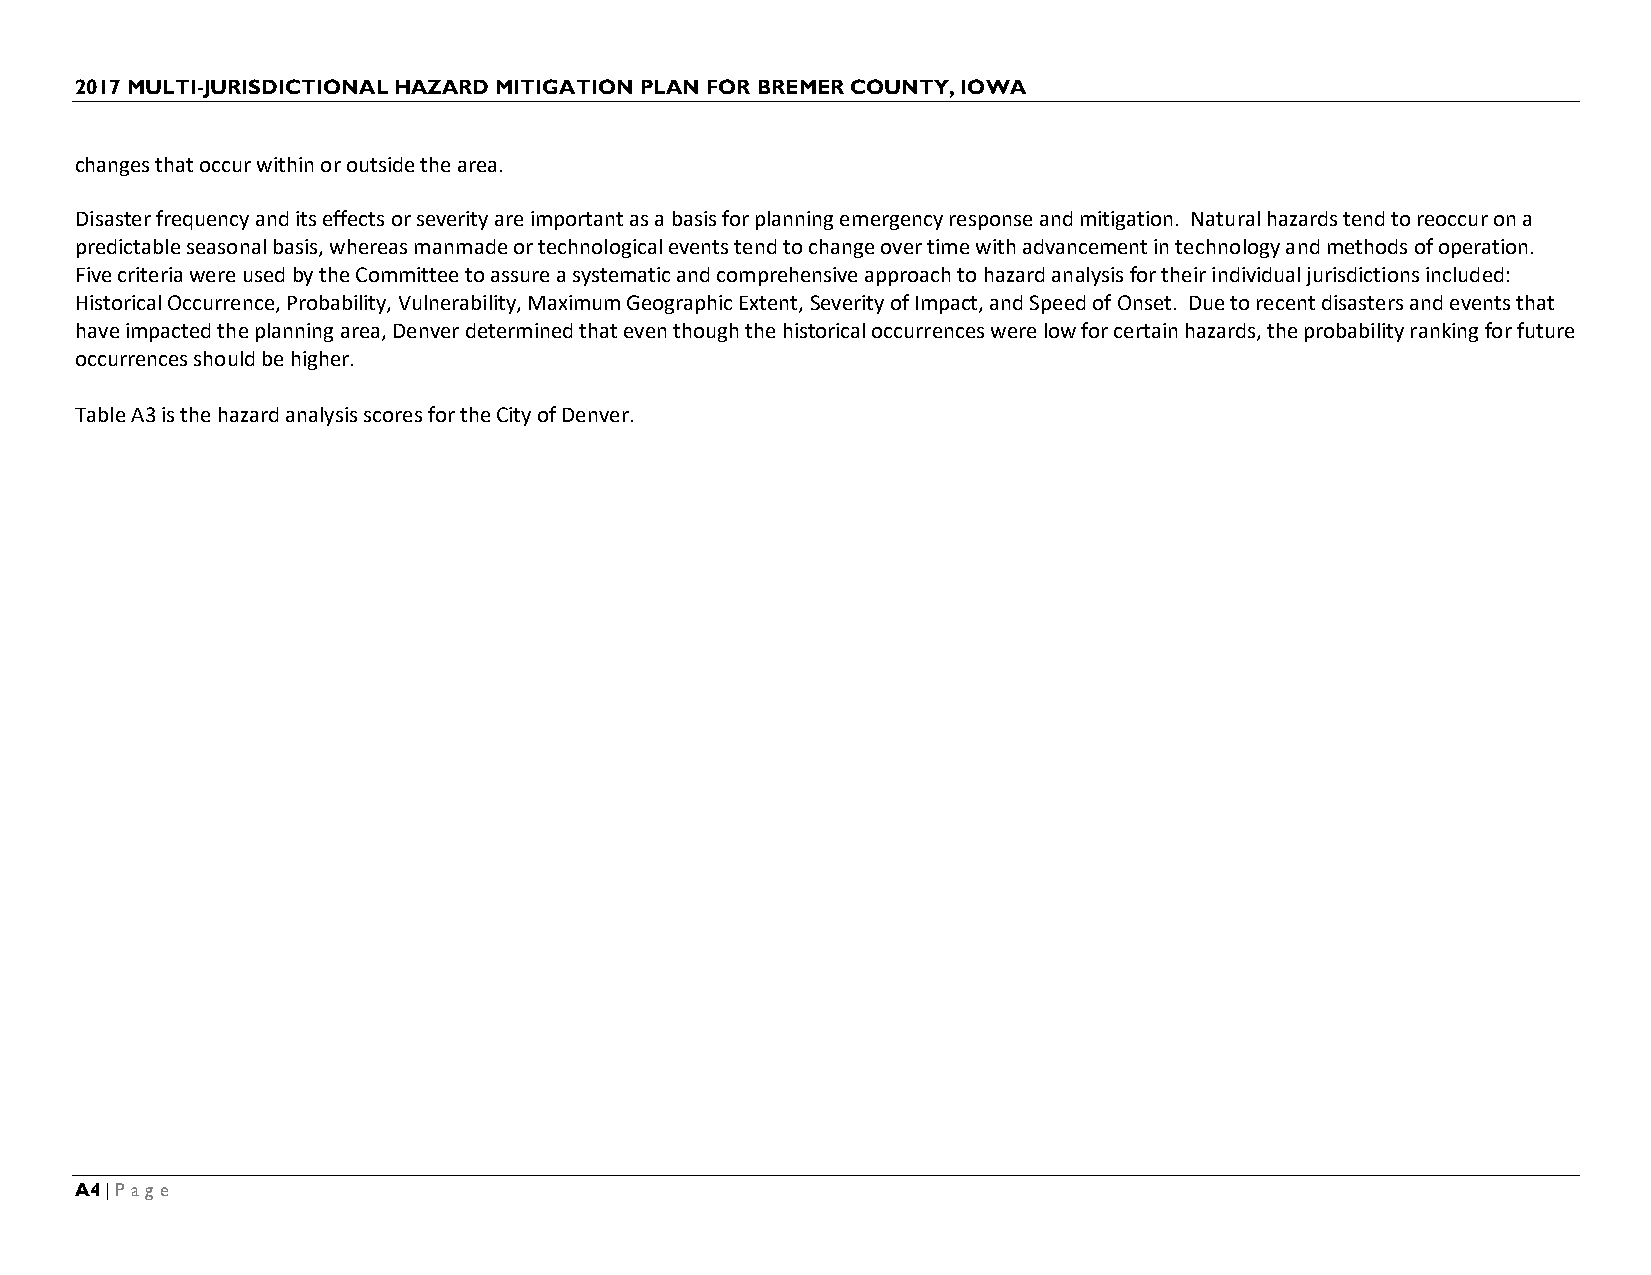
2017 MULTI-JURISDICTIONAL HAZARD MITIGATION PLAN FOR BREMER COUNTY, IOWA
 changes that occur within or outside the area.
 Disaster frequency and its effects or severity are important as a basis for planning emergency response and mitigation. Natural hazards tend to reoccur on a
 predictable seasonal basis, whereas manmade or technological events tend to change over time with advancement in technology and methods of operation.
 Five criteria were used by the Committee to assure a systematic and comprehensive approach to hazard analysis for their individual jurisdictions included:
 Historical Occurrence, Probability, Vulnerability, Maximum Geographic Extent, Severity of Impact, and Speed of Onset. Due to recent disasters and events that
 have impacted the planning area, Denver determined that even though the historical occurrences were low for certain hazards, the probability ranking for future
 occurrences should be higher.
 Table A3 is the hazard analysis scores for the City of Denver.
 A4 | Page